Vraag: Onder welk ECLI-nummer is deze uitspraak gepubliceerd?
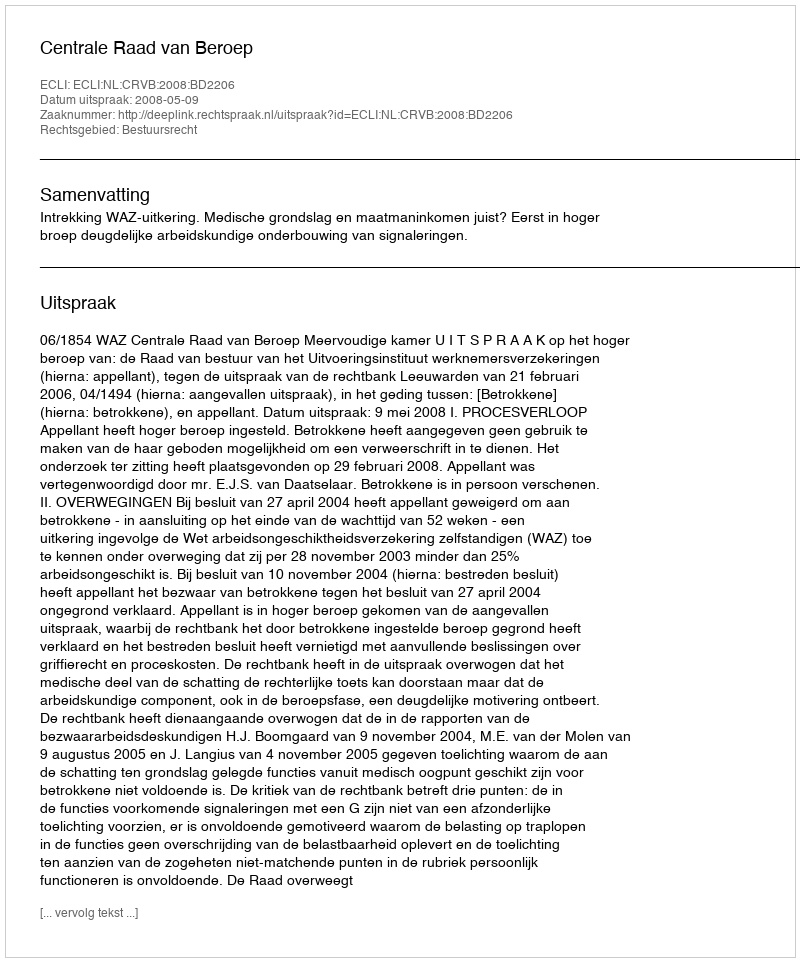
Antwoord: ECLI:NL:CRVB:2008:BD2206